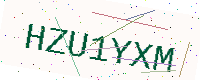
Text: HZU1YXM